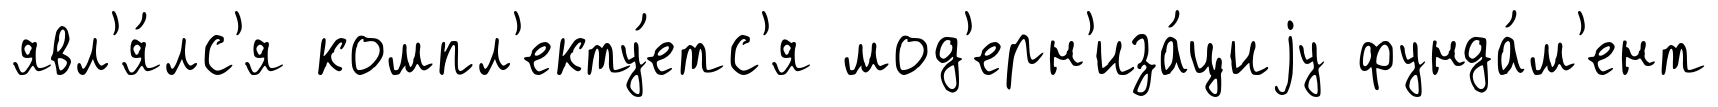
явл'я́лс'я компл'екту́етс'я мод'ерн'иза́циjу фунда́м'ент